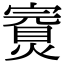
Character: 𡫅